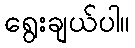
ရွေးချယ်ပါ။